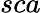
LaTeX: sca